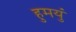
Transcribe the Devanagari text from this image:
हुमयुं